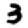
Digit: 3